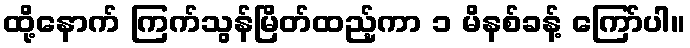
ထို့နောက် ကြက်သွန်မြိတ်ထည့်ကာ ၁ မိနစ်ခန့် ကြော်ပါ။